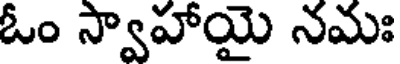
ఓం స్వాహాయై నమః